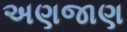
અણજાણ